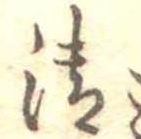
清